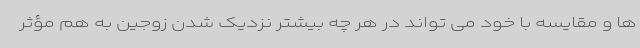
ها و مقایسه با خود می تواند در هر چه بیشتر نزدیک شدن زوجین به هم مؤثر